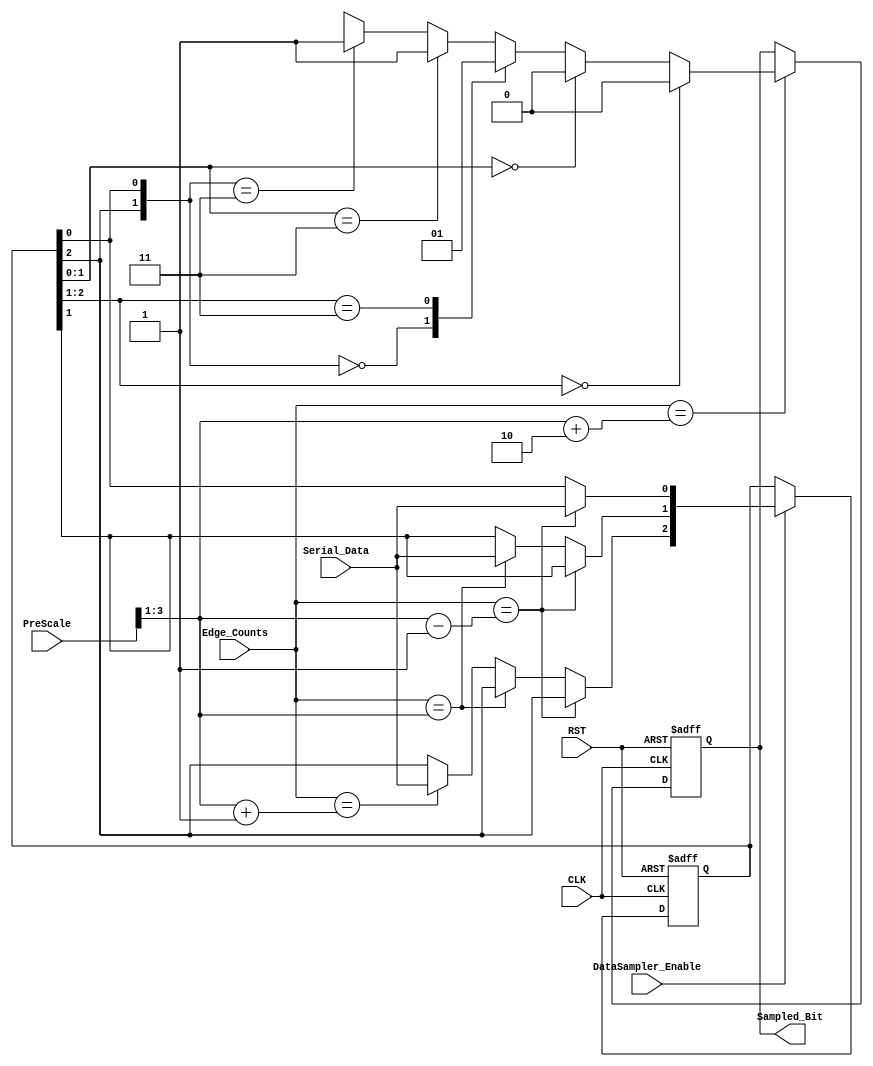
module RX_DataSampler
(
  input wire          CLK,
  input wire          RST,
  input wire          DataSampler_Enable,
  input wire   [2:0]  Edge_Counts,
  input wire          Serial_Data,
  input wire   [3:0]  PreScale,
  output reg          Sampled_Bit
);

reg [2:0]   Register;
reg [2:0]   Register_comb;
reg         Sampled_Bit_comb;


always @ (posedge CLK or negedge RST)
  begin
    if(!RST)
      begin
        Register <= 0;
        Sampled_Bit <= 0;
      end
    else
      begin
        Register <= Register_comb;
        Sampled_Bit <= Sampled_Bit_comb;
      end
  end



always @ (*)
  begin
    if(DataSampler_Enable)
      begin
        Register_comb = Register;
        case(Edge_Counts)
          ((PreScale>>1)-3'd1): begin
                                  Register_comb[0] = Serial_Data;
                                end
          ((PreScale>>1)):      begin
                                  Register_comb[1] = Serial_Data;
                                end
          ((PreScale>>1)+3'd1): begin
                                  Register_comb[2] = Serial_Data;
                                end
                      default:  begin
                                  Register_comb = Register;
                                end
        endcase
      end
    else
      begin
        Register_comb = Register;
      end
  end


always @(*) 
  begin
    if (Edge_Counts == (PreScale>>1)+3'd2)
      begin
        casex(Register)
        3'b00x: begin
                  Sampled_Bit_comb = 0;
                end
        3'bx00: begin
                  Sampled_Bit_comb = 0;
                end
        3'b0x0: begin
                  Sampled_Bit_comb = 0;
                end
        3'b11x: begin
                  Sampled_Bit_comb = 1;
                end
        3'bx11: begin
                  Sampled_Bit_comb = 1;
                end
        3'b1x1: begin
                  Sampled_Bit_comb = 1;
                end
        default: begin
                  Sampled_Bit_comb = Sampled_Bit;
                 end
        endcase
      end
    else
      begin
        Sampled_Bit_comb = Sampled_Bit;
      end
  end



endmodule